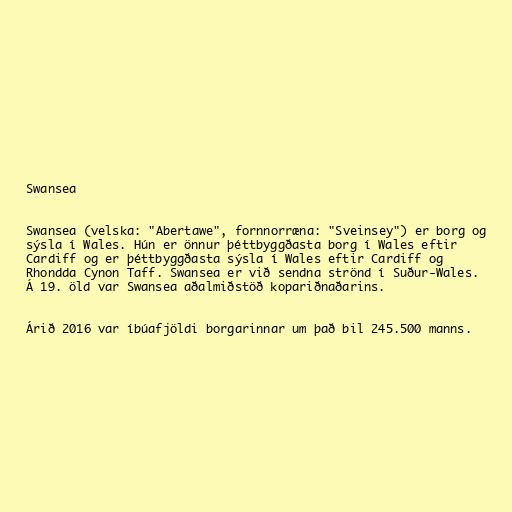
Swansea

Swansea (velska: "Abertawe", fornnorræna: "Sveinsey") er borg og
sýsla í Wales. Hún er önnur þéttbyggðasta borg í Wales eftir
Cardiff og er þéttbyggðasta sýsla í Wales eftir Cardiff og
Rhondda Cynon Taff. Swansea er við sendna strönd í Suður-Wales.
Á 19. öld var Swansea aðalmiðstöð kopariðnaðarins.

Árið 2016 var íbúafjöldi borgarinnar um það bil 245.500 manns.